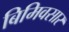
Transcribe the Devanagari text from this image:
बिमिवसार